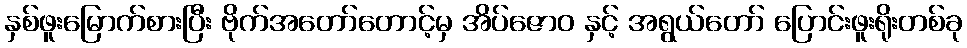
နှစ်ဖူးမြောက်စားပြီး ဗိုက်အတော်တောင့်မှ အိပ်ဇောဝ နှင့် အရွယ်တော် ပြောင်းဖူးရိုးတစ်ခု